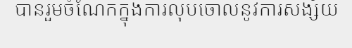
បានរួមចំណែកក្នុងការលុបចោលនូវការសង្ស័យ